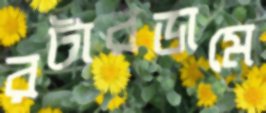
রটারডামে